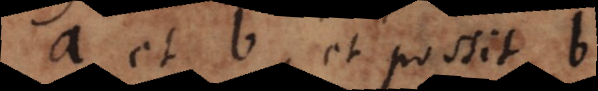
a et b, et possit b